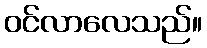
ဝင်လာလေသည်။